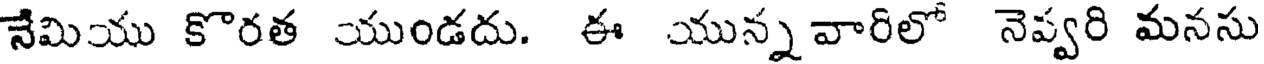
నేమియు కొరత యుండదు. ఈ యున్నవారిలో నెప్వరి మనసు